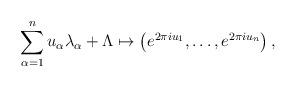
LaTeX: \begin{align*}\sum_{\alpha=1}^n u_\alpha \lambda_\alpha + \Lambda \mapsto \left( e^{2\pi i u_1}, \ldots, e^{2\pi i u_n} \right),\end{align*}